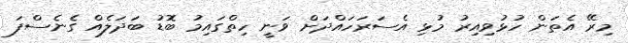
މިރޭ އެތަން ހުޅުވިއިރު މުޅި އެސަރަހައްދަށް ވަނީ ހިތްގައިމު ބޮޑު ބަދަލެއް ގެނެސްފަ